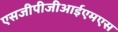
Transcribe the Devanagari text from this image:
एसजीपीजीआईएमएस